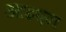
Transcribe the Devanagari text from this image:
आइएन